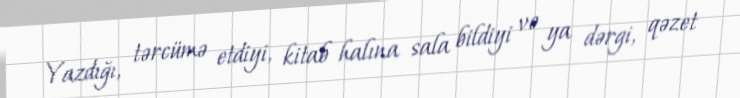
Yazdığı, tərcümə etdiyi, kitab halına sala bildiyi və ya dərgi, qəzet